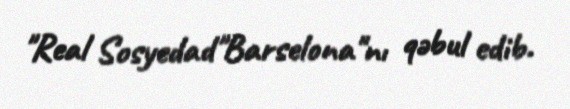
"Real Sosyedad"Barselona"nı qəbul edib.